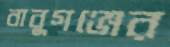
বাবুগঞ্জের